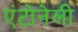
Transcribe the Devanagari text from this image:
एंटोनेली